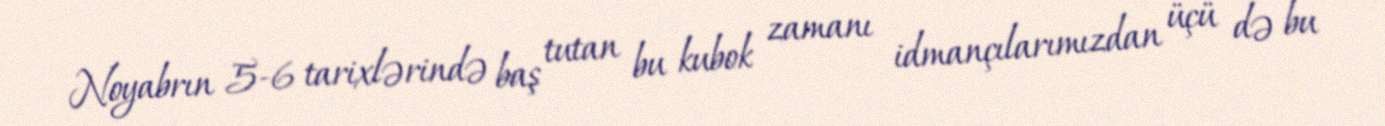
Noyabrın 5-6 tarixlərində baş tutan bu kubok zamanı idmançılarımızdan üçü də bu